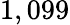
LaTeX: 1,099